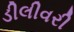
ડીલીવરી